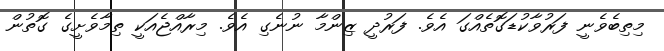
މިތިބެވެނީ ފަރުވާކުޑަގޮތެއްގަ އެވެ. ފަރުދީ ޒިންމާ ނުނެގި އެވެ. މިރާއްޖެއަކީ ތިމާވެށީގެ ގޮތުން